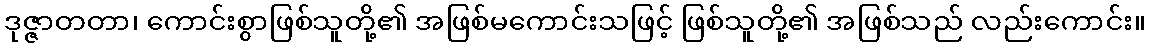
ဒုဇ္ဇာတတာ၊ ကောင်းစွာဖြစ်သူတို့၏ အဖြစ်မကောင်းသဖြင့် ဖြစ်သူတို့၏ အဖြစ်သည် လည်းကောင်း။